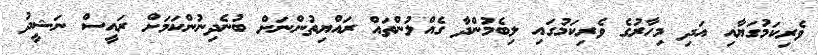
ވެރިކަމުގަޔާއި އަދި މިހާރުގެ ވެރިކަމުގައި ލިބެމުންދާ ގެއްލުންތައް ރައްޔިތުންނަށް ބުނެދިނުންކަމަށް ރައީސް ނަޝީދު